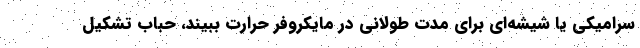
سرامیکی یا شیشه‌ای برای مدت طولانی در مایکروفر حرارت ببیند، حباب تشکیل